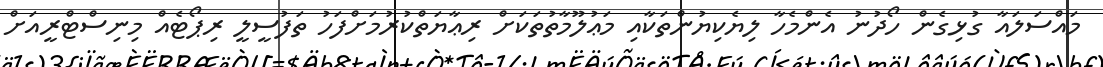
މައްސަލައާ ގުޅިގެން ހޯދުނު އެންމެހާ ލިޔެކިޔުންތަކާއި މަޢުލޫމާތުތަކަށް ރިޢާޔަތްކުރުމަށްފަހު ތަފުސީލީ ރިޕޯޓެއް މިނިސްޓްރީއަށް